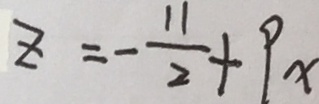
z = - \frac { 1 1 } { 2 } + 9 x